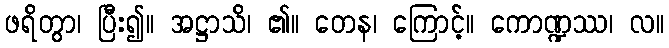
ဖရိတွာ၊ ပြီး၍။ အဋ္ဌာသိ၊ ၏။ တေန၊ ကြောင့်။ ကောဏ္ဍဿ၊ လ။